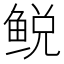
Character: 𫚛